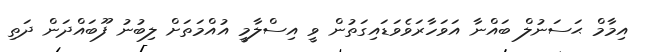
އިމާމް ޙަސަނުލް ބައްނާ އަވަހާރަވެވަޑައިގަތުން ވީ އިސްލާމީ އުއްމަތަށް ލިބުނު ފޫބައްދަން ދަތި